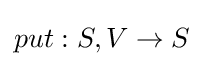
put:S,V\rightarrow S